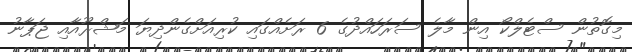
މިގޮތުން ސްޓެލްކޯ އިން މާލެ ސަރަހައްދުގެ 6 ރަށެއްގައި ކުރިއަށްގެންދިޔަ މަޝްރޫއާއި ޖަޕާނު